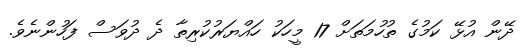
ދޭން އުޅޭ ކަމުގެ ތުހުމަތަށް 17 މީހަކު ހައްޔަރުކުރިތާ ދެ ދުވަސް ފަހުންނެވެ.